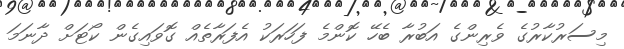
މިސަރުކާރުގެ ވެރިންގެ އަބުރާ ބެހޭ ކޮންމެ ފަހަރަކު އެފަރާތެއް ގޮވައިގެން ކޯޓަށް ދާނަމަ